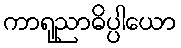
ကာရုညာဓိပ္ပါယော